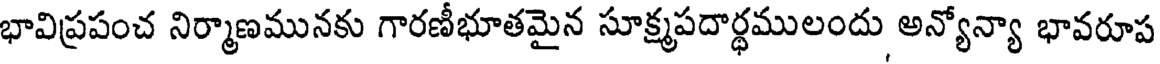
భావిప్రపంచ నిర్మాణమునకు గారణీభూతమైన సూక్ష్మపదార్థములందు అన్యోన్యా భావరూప